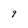
Character: 9